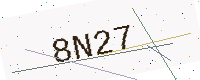
Text: 8N27